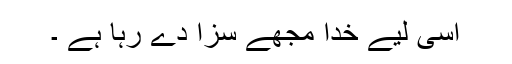
اسی لیے خدا مجھے سزا دے رہا ہے ۔